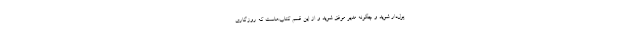
پول‌دار شوید و چگونه مدیر موفق شوید و از این قِسم کتاب‌هاست که روزگاری